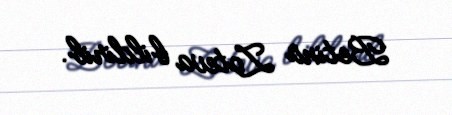
Betina Zoteva bildirib.